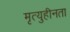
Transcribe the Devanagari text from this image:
मृत्युहीनता